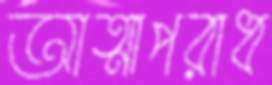
আত্মাপরাধ